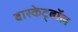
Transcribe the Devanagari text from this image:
बास्केट्बॉल